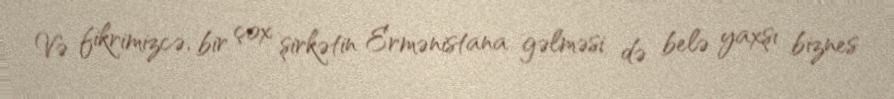
Və fikrimizcə, bir çox şirkətin Ermənistana gəlməsi də belə yaxşı biznes